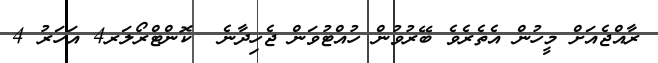
ރާއްޖެއަށް މީހުން އެތެރެވެ ބޭރުވުން ހުއްޓުވަން ޖެހިދާނެ  ކޮންޓްރޯލަރ4 އަހަރު 4